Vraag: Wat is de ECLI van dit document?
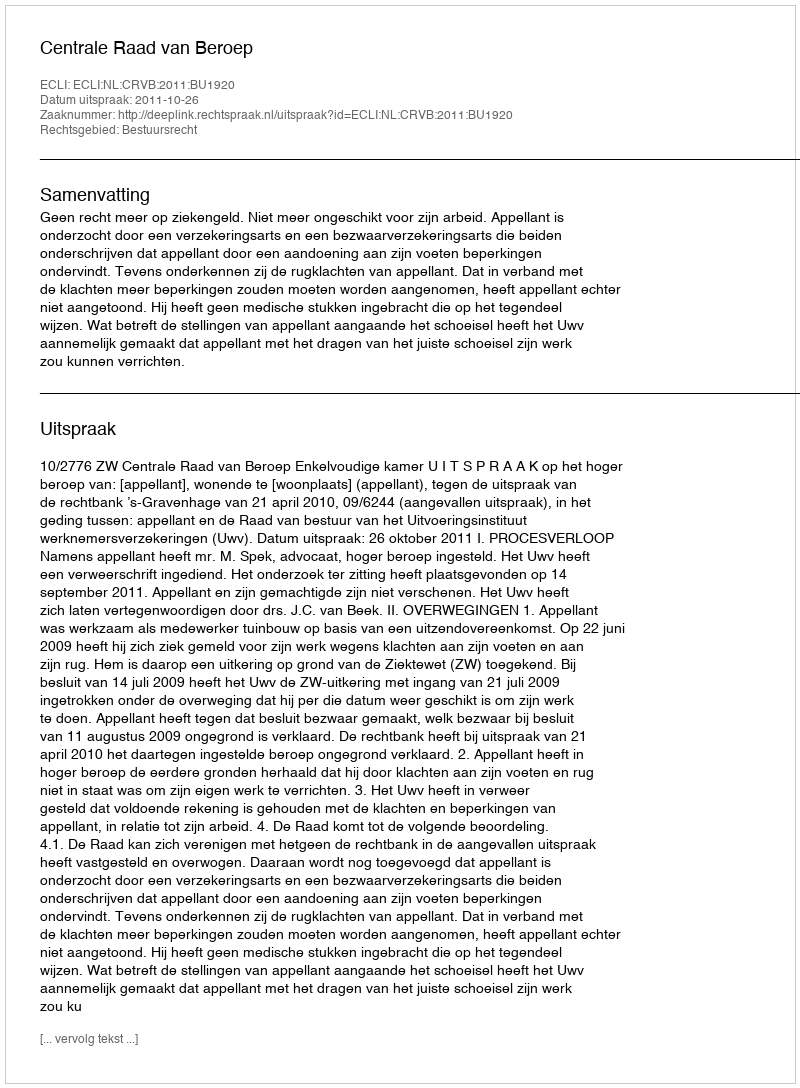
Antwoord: ECLI:NL:CRVB:2011:BU1920